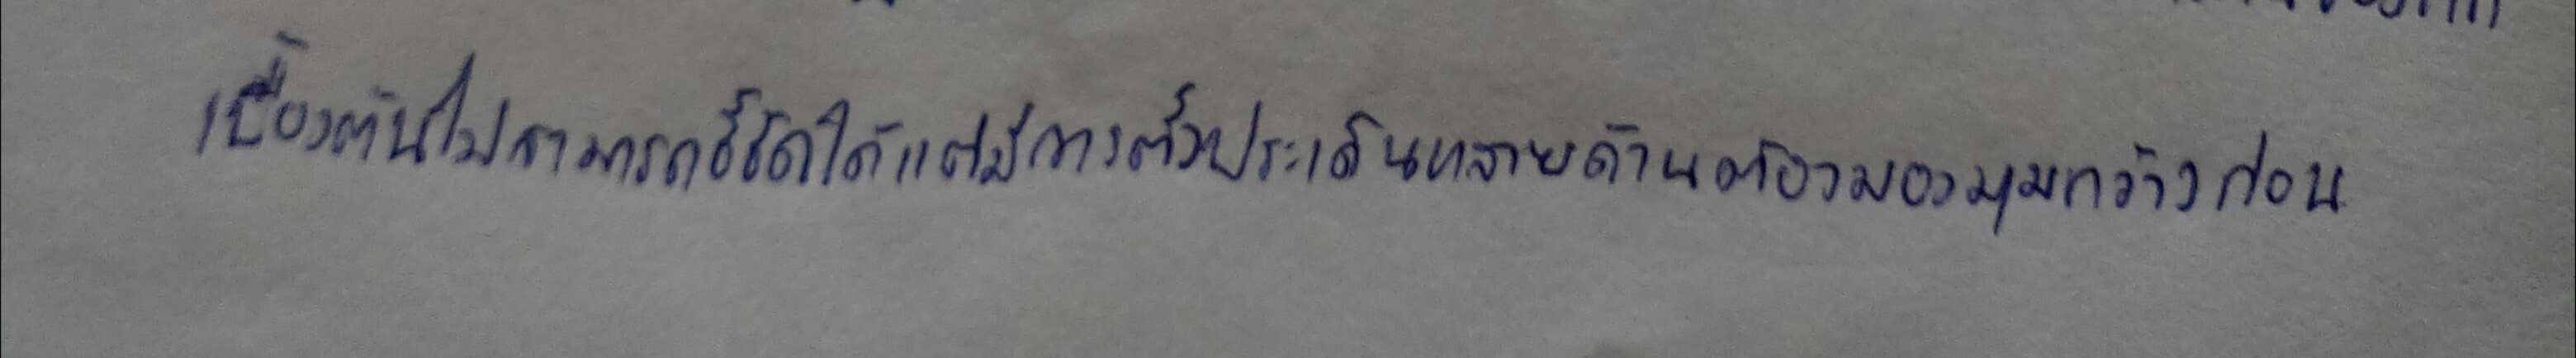
เบื้องต้นไม่สามารถชี้ชัดได้แต่มีการตั้งประเด็นหลายด้านต้องมองมุมกว้างก่อน